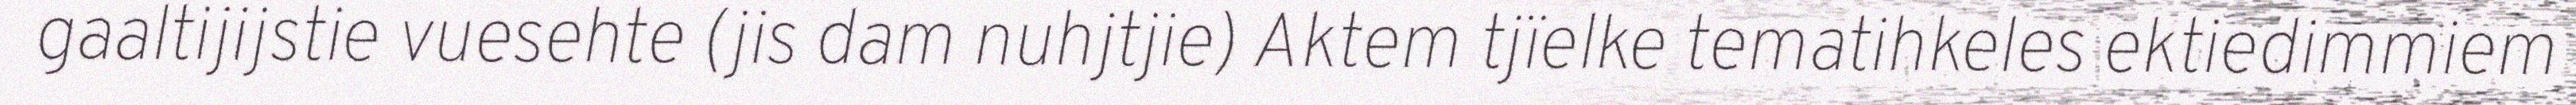
gaaltijijstie vuesehte (jis dam nuhjtjie) Aktem tjïelke tematihkeles ektiedimmiem